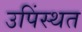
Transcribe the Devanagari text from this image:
उपिंस्थत